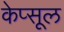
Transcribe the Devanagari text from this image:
केप्सूल